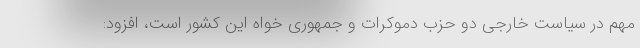
مهم در سیاست خارجی دو حزب دموکرات و جمهوری خواه این کشور است، افزود: